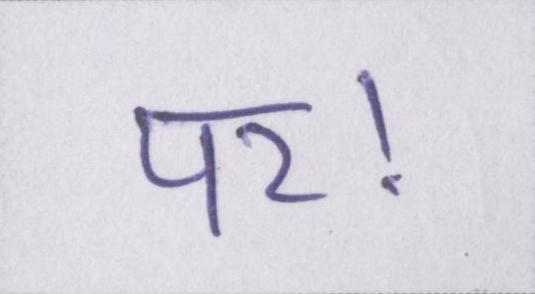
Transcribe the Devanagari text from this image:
पर।